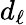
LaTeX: d_{\ell}